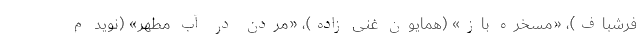
فرشباف)، «مسخره باز» (همایون غنی زاده)، «مردن در آب مطهر» (نوید م